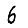
Digit: 6